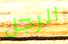
الرجل